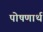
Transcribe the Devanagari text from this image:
पोषणार्थ